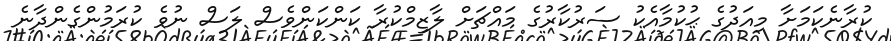
ކުރާނެކަމަށާ މިއަދުގެ ޙުކުމާއެކު ސަރުކާރުގެ މައްޗަށް ލާޒިމްކުރާ ކަންކަންވެސް ލަސް ނުވެ ކުރަމުންގެންދާނެ